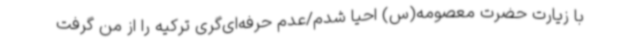
با زیارت حضرت معصومه(س) احیا شدم/عدم حرفه‌ای‌گری ترکیه را از من گرفت